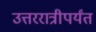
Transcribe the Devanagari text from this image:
उत्तररात्रीपर्यंत